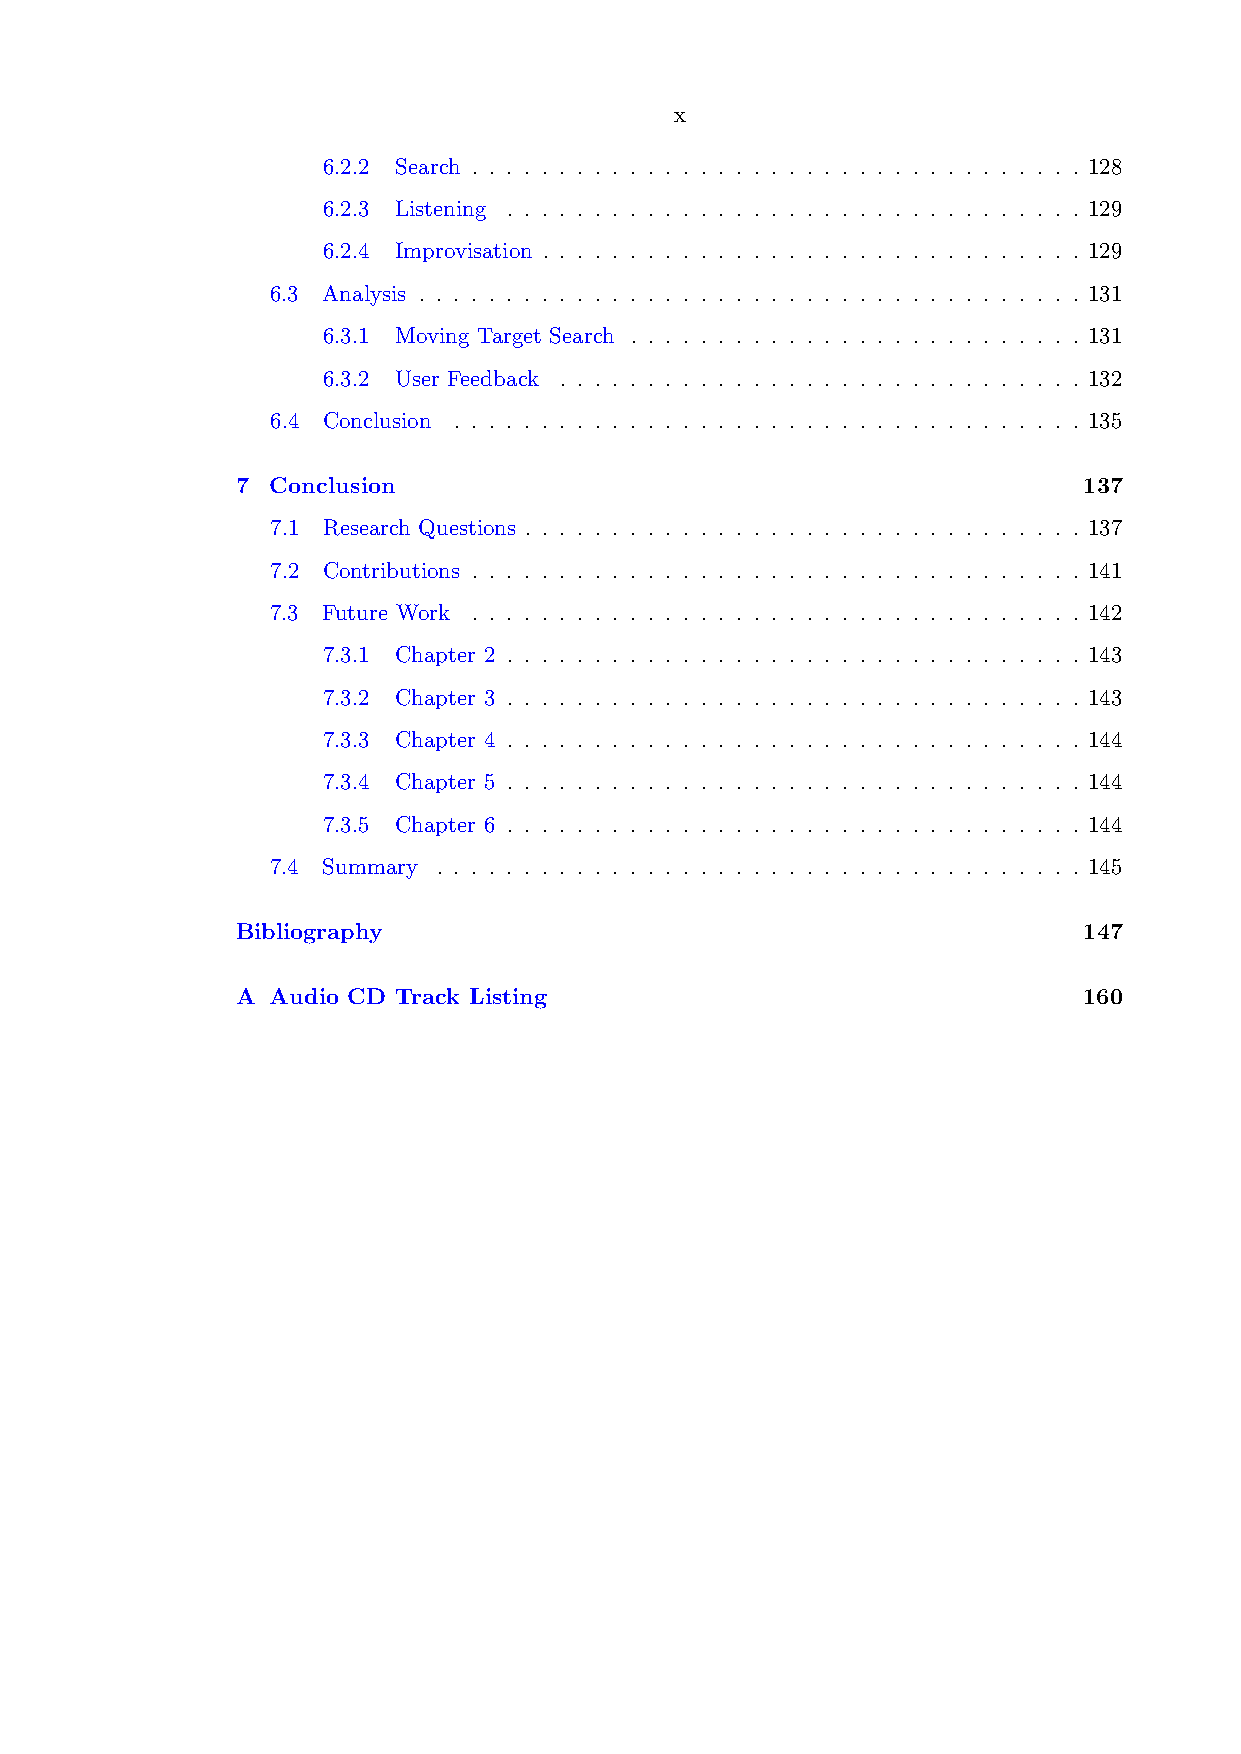
x
 6.2.2 Search . . . . . . . . . . . . . . . . . . . . . . . . . . . . . . . . . . . 128
 6.2.3 Listening . . . . . . . . . . . . . . . . . . . . . . . . . . . . . . . . . 129
 6.2.4 Improvisation . . . . . . . . . . . . . . . . . . . . . . . . . . . . . . . 129
 6.3 Analysis . . . . . . . . . . . . . . . . . . . . . . . . . . . . . . . . . . . . . . 131
 6.3.1 Moving Target Search . . . . . . . . . . . . . . . . . . . . . . . . . . 131
 6.3.2 User Feedback . . . . . . . . . . . . . . . . . . . . . . . . . . . . . . 132
 6.4 Conclusion . . . . . . . . . . . . . . . . . . . . . . . . . . . . . . . . . . . . 135
 7 Conclusion                                            137
 7.1 Research Questions . . . . . . . . . . . . . . . . . . . . . . . . . . . . . . . . 137
 7.2 Contributions . . . . . . . . . . . . . . . . . . . . . . . . . . . . . . . . . . . 141
 7.3 Future Work . . . . . . . . . . . . . . . . . . . . . . . . . . . . . . . . . . . 142
 7.3.1 Chapter 2 . . . . . . . . . . . . . . . . . . . . . . . . . . . . . . . . . 143
 7.3.2 Chapter 3 . . . . . . . . . . . . . . . . . . . . . . . . . . . . . . . . . 143
 7.3.3 Chapter 4 . . . . . . . . . . . . . . . . . . . . . . . . . . . . . . . . . 144
 7.3.4 Chapter 5 . . . . . . . . . . . . . . . . . . . . . . . . . . . . . . . . . 144
 7.3.5 Chapter 6 . . . . . . . . . . . . . . . . . . . . . . . . . . . . . . . . . 144
 7.4 Summary . . . . . . . . . . . . . . . . . . . . . . . . . . . . . . . . . . . . . 145
 Bibliography                                            147
 A Audio CD Track Listing                                160